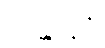
သန္တာန်၌